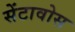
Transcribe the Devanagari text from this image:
सेंटावोस